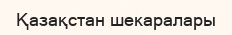
Қазақстан шекаралары